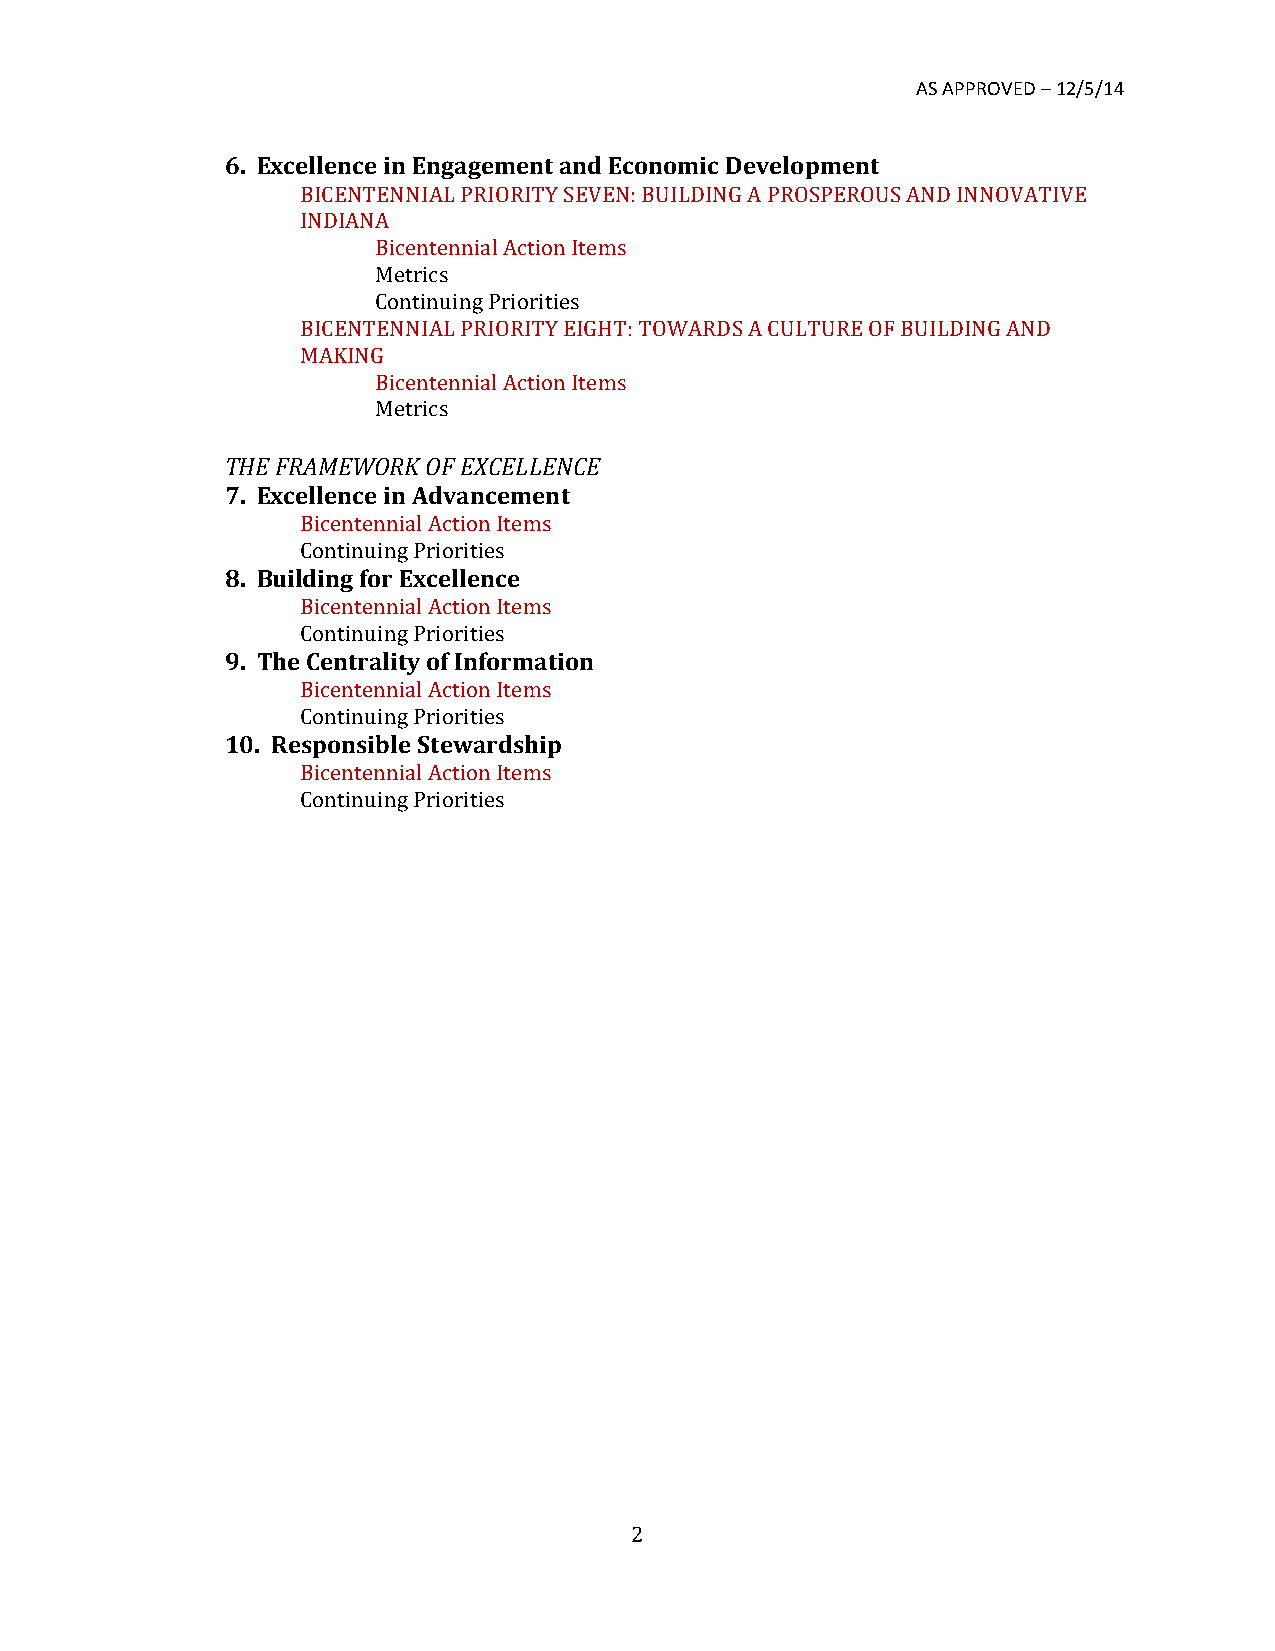
AS APPROVED – 12/5/14
 6. Excellence in Engagement and Economic Development
 BICENTENNIAL PRIORITY SEVEN: BUILDING A PROSPEROUS AND INNOVATIVE
 INDIANA
 Bicentennial Action Items
 Metrics
 Continuing Priorities
 BICENTENNIAL PRIORITY EIGHT: TOWARDS A CULTURE OF BUILDING AND
 MAKING
 Bicentennial Action Items
 Metrics
 THE FRAMEWORK OF EXCELLENCE
 7. Excellence in Advancement
 Bicentennial Action Items
 Continuing Priorities
 8. Building for Excellence
 Bicentennial Action Items
 Continuing Priorities
 9. The Centrality of Information
 Bicentennial Action Items
 Continuing Priorities
 10. Responsible Stewardship
 Bicentennial Action Items
 Continuing Priorities
 2